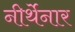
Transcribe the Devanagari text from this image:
नीर्थेनार